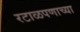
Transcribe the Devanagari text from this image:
रटाळपणाच्या